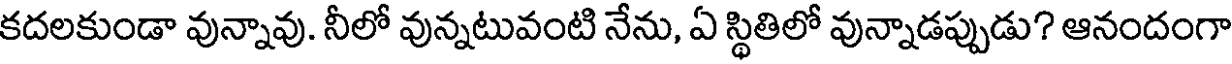
కదలకుండా వున్నావు. నీలో వున్నటువంటి నేను, ఏ స్థితిలో వున్నాడప్పుడు? ఆనందంగా